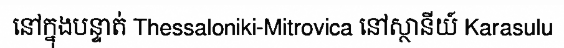
នៅក្នុងបន្ទាត់ Thessaloniki-Mitrovica នៅស្ថានីយ៍ Karasulu